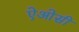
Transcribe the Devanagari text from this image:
ऐओसी